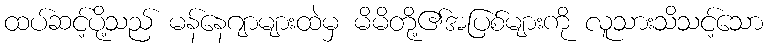
ထပ်ဆင့်ပို့သည် မန်နေဂျာများထဲမှ မိမိတို့၏အပြစ်များကို လူသားသိသင့်သော